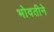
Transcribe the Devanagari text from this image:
भोवतीने